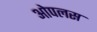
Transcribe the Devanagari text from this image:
ओपलस